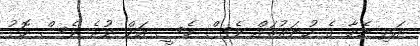
އަދި ނޭމާ ގެ ހުނަރުތައް ވެސް މެސީ އަށް ވުރެ ވެސް މޮޅު